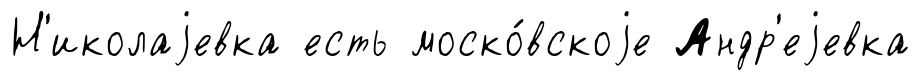
Н'иколаjевка есть моско́вскоjе Андр'еjевка